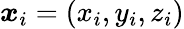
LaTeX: \boldsymbol{x}_{i}=(x_{i},y_{i},z_{i})